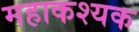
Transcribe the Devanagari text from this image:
महाकश्यक